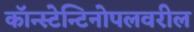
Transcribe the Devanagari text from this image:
कॉन्स्टेन्टिनोपलवरील